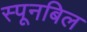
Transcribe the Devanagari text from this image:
स्पूनबिल